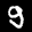
Label: 9